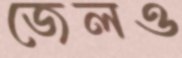
জেলও